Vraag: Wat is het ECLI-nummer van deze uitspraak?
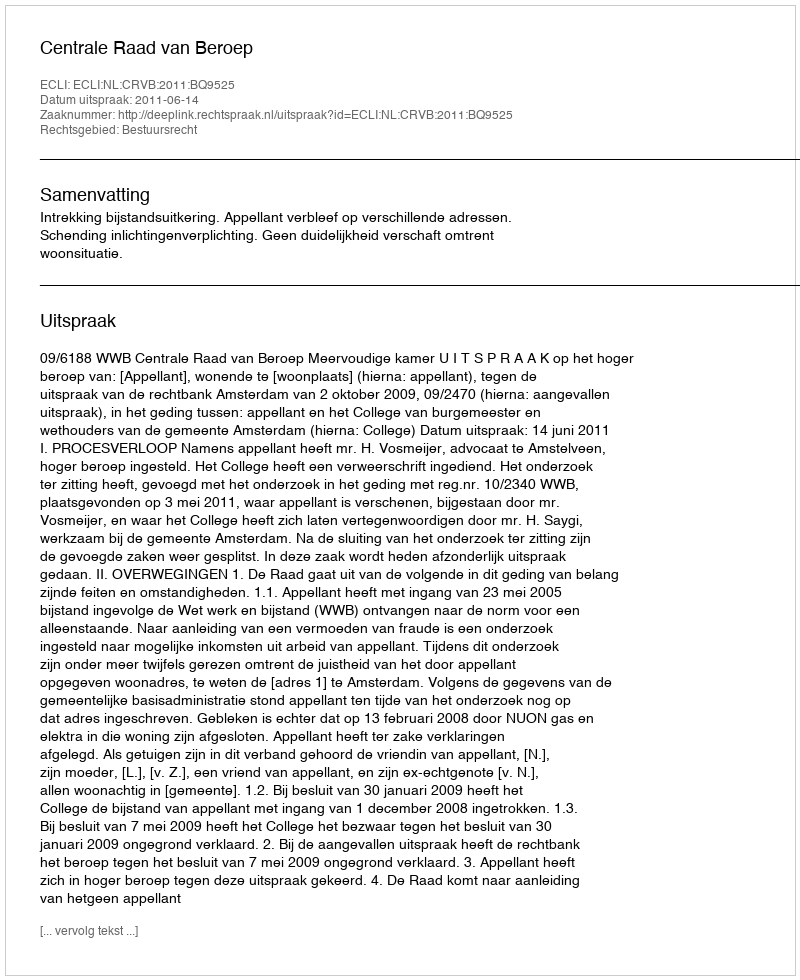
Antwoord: ECLI:NL:CRVB:2011:BQ9525